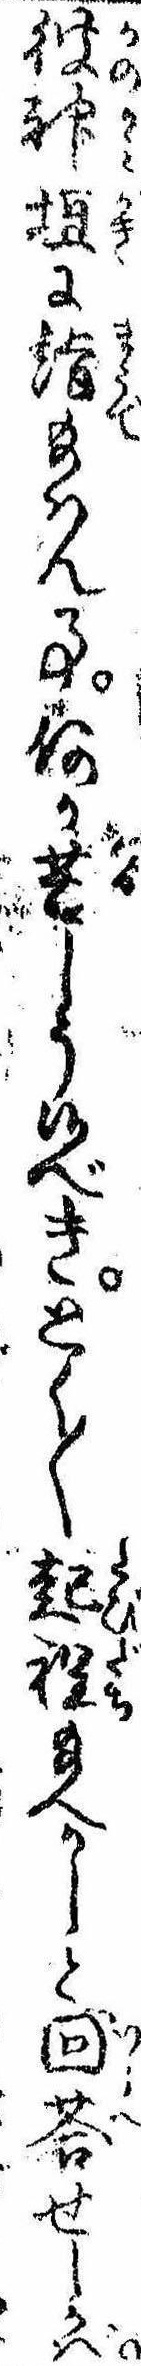
彼神垣に詣給はん事何か苦しう候べきとく〱起程給へかしと回答せしかば